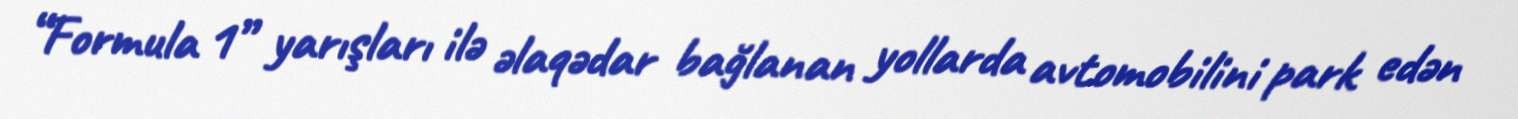
“Formula 1” yarışları ilə əlaqədar bağlanan yollarda avtomobilini park edən